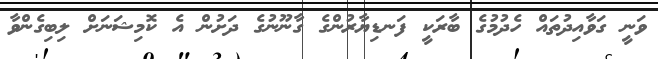
ވަނީ ގަވާއިދުތައް ހެދުމުގެ ބާރަކީ ފަނޑިޔާރުންގެ ގާނޫނުގެ ދަށުން އެ ކޮމިޝަނަށް ލިބިގެންވާ